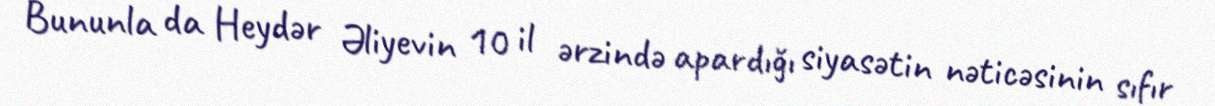
Bununla da Heydər Əliyevin 10 il ərzində apardığı siyasətin nəticəsinin sıfır